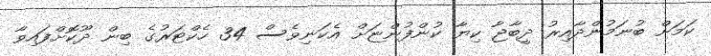
ކަމަށް ބުނަމުންދާއިރު ދީބާޖާ ކިޔާ ކުންފުންޏަށް އެކަނިވެސް 34 ހެކްޓަރުގެ ބިން ދޫކޮށްފައިވާ